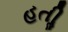
હતીૢ